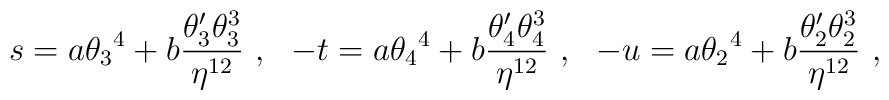
s = a {\theta_3}^4 +  b{\theta_3^\prime\theta_3^3 \over \eta^{12}} \ , \ \ -t= a {\theta_4}^4 + b{\theta_4^\prime\theta_4^3 \over \eta^{12}}\ , \ \ -u = a {\theta_2}^4+ b {\theta_2^\prime\theta_2^3 \over \eta^{12}} \ ,